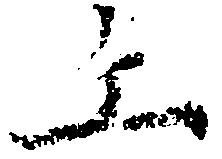
上